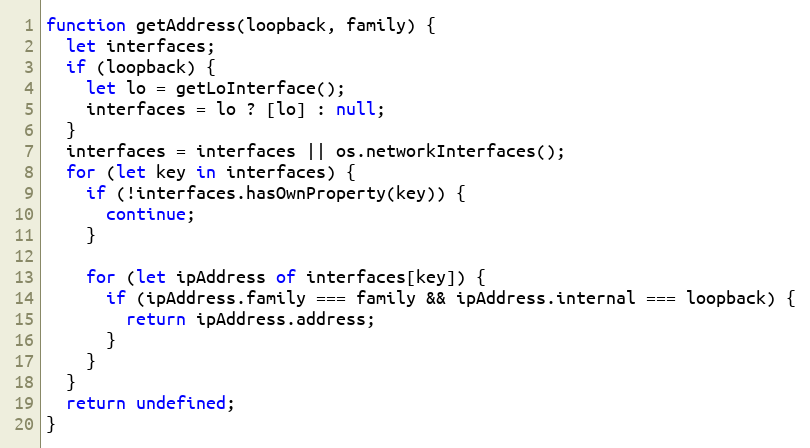
Language: JavaScript
function getAddress(loopback, family) {
  let interfaces;
  if (loopback) {
    let lo = getLoInterface();
    interfaces = lo ? [lo] : null;
  }
  interfaces = interfaces || os.networkInterfaces();
  for (let key in interfaces) {
    if (!interfaces.hasOwnProperty(key)) {
      continue;
    }

    for (let ipAddress of interfaces[key]) {
      if (ipAddress.family === family && ipAddress.internal === loopback) {
        return ipAddress.address;
      }
    }
  }
  return undefined;
}